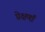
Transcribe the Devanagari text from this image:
प्रेक्षणॉं